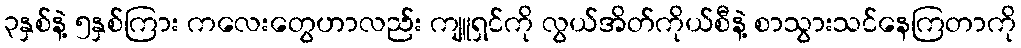
၃နှစ်နဲ့ ၅နှစ်ကြား ကလေးတွေဟာလည်း ကျူရှင်ကို လွယ်အိတ်ကိုယ်စီနဲ့ စာသွားသင်နေကြတာကို